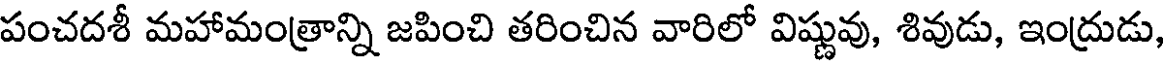
పంచదశీ మహామంత్రాన్ని జపించి తరించిన వారిలో విష్ణువు, శివుడు, ఇంద్రుడు,